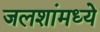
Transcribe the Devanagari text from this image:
जलशांमध्ये